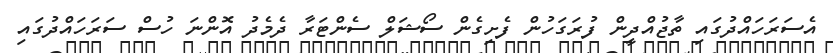
އެސަރަހައްދުގައި ތާޖުއްދީން ފުރަގަހުން ފެށިގެން ސޯޝަލް ސެންޓަރާ ދެމެދު އޮންނަ ހުސް ސަރަހައްދުގައި